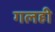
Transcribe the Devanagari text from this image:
गलही